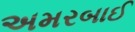
અમરબાઈ